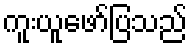
ကူးယူဖော်ပြသည်